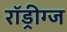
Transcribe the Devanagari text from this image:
रॉड्रीग्ज